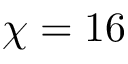
\chi = 1 6